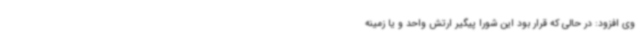
وی افزود: در حالی که قرار بود این شورا پیگیر ارتش واحد و یا زمینه